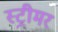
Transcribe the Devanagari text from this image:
स्ट्रीमर